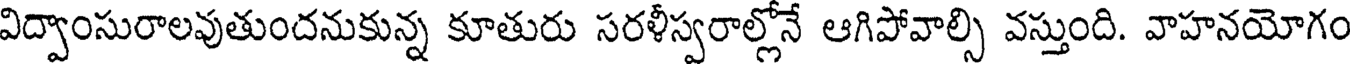
విద్వాంసురాలవుతుందనుకున్న కూతురు సరళీస్వరాల్లోనే ఆగిపోవాల్సి వస్తుంది. వాహనయోగం